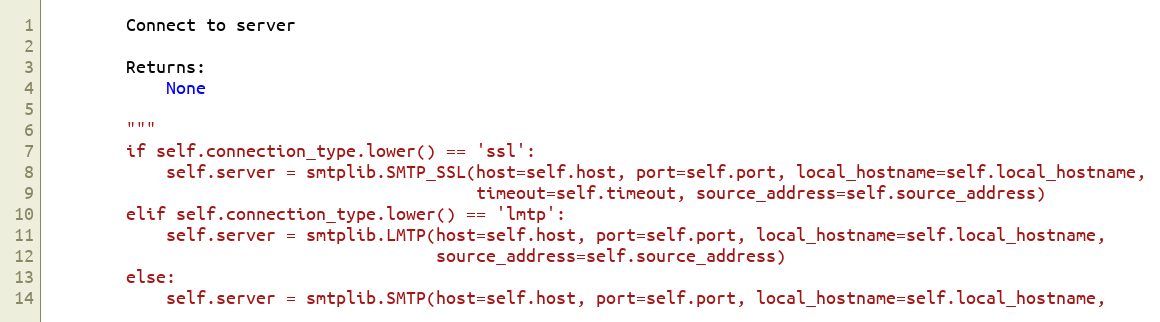
Language: Python
        Connect to server

        Returns:
            None

        """
        if self.connection_type.lower() == 'ssl':
            self.server = smtplib.SMTP_SSL(host=self.host, port=self.port, local_hostname=self.local_hostname,
                                           timeout=self.timeout, source_address=self.source_address)
        elif self.connection_type.lower() == 'lmtp':
            self.server = smtplib.LMTP(host=self.host, port=self.port, local_hostname=self.local_hostname,
                                       source_address=self.source_address)
        else:
            self.server = smtplib.SMTP(host=self.host, port=self.port, local_hostname=self.local_hostname,